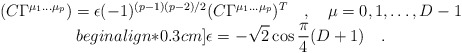
\begin{align*}\begin{array}{c}\displaystyle(C \Gamma^{\mu_1\dots \mu_p}) = \epsilon (-1)^{(p-1)(p-2)/2}(C\Gamma^{\mu_1\dots \mu_p})^T \quad,\quad\mu=0,1,\dots,D-1\\begin{align*}0.3cm]\displaystyle\epsilon = -\sqrt{2} \cos {\pi\over 4} (D+1)\quad.\end{array}\end{align*}